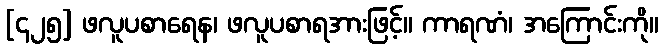
[၄၂၅] ဖလူပစာရေန၊ ဖလူပစာရအားဖြင့်။ ကာရဏံ၊ အကြောင်းကို။